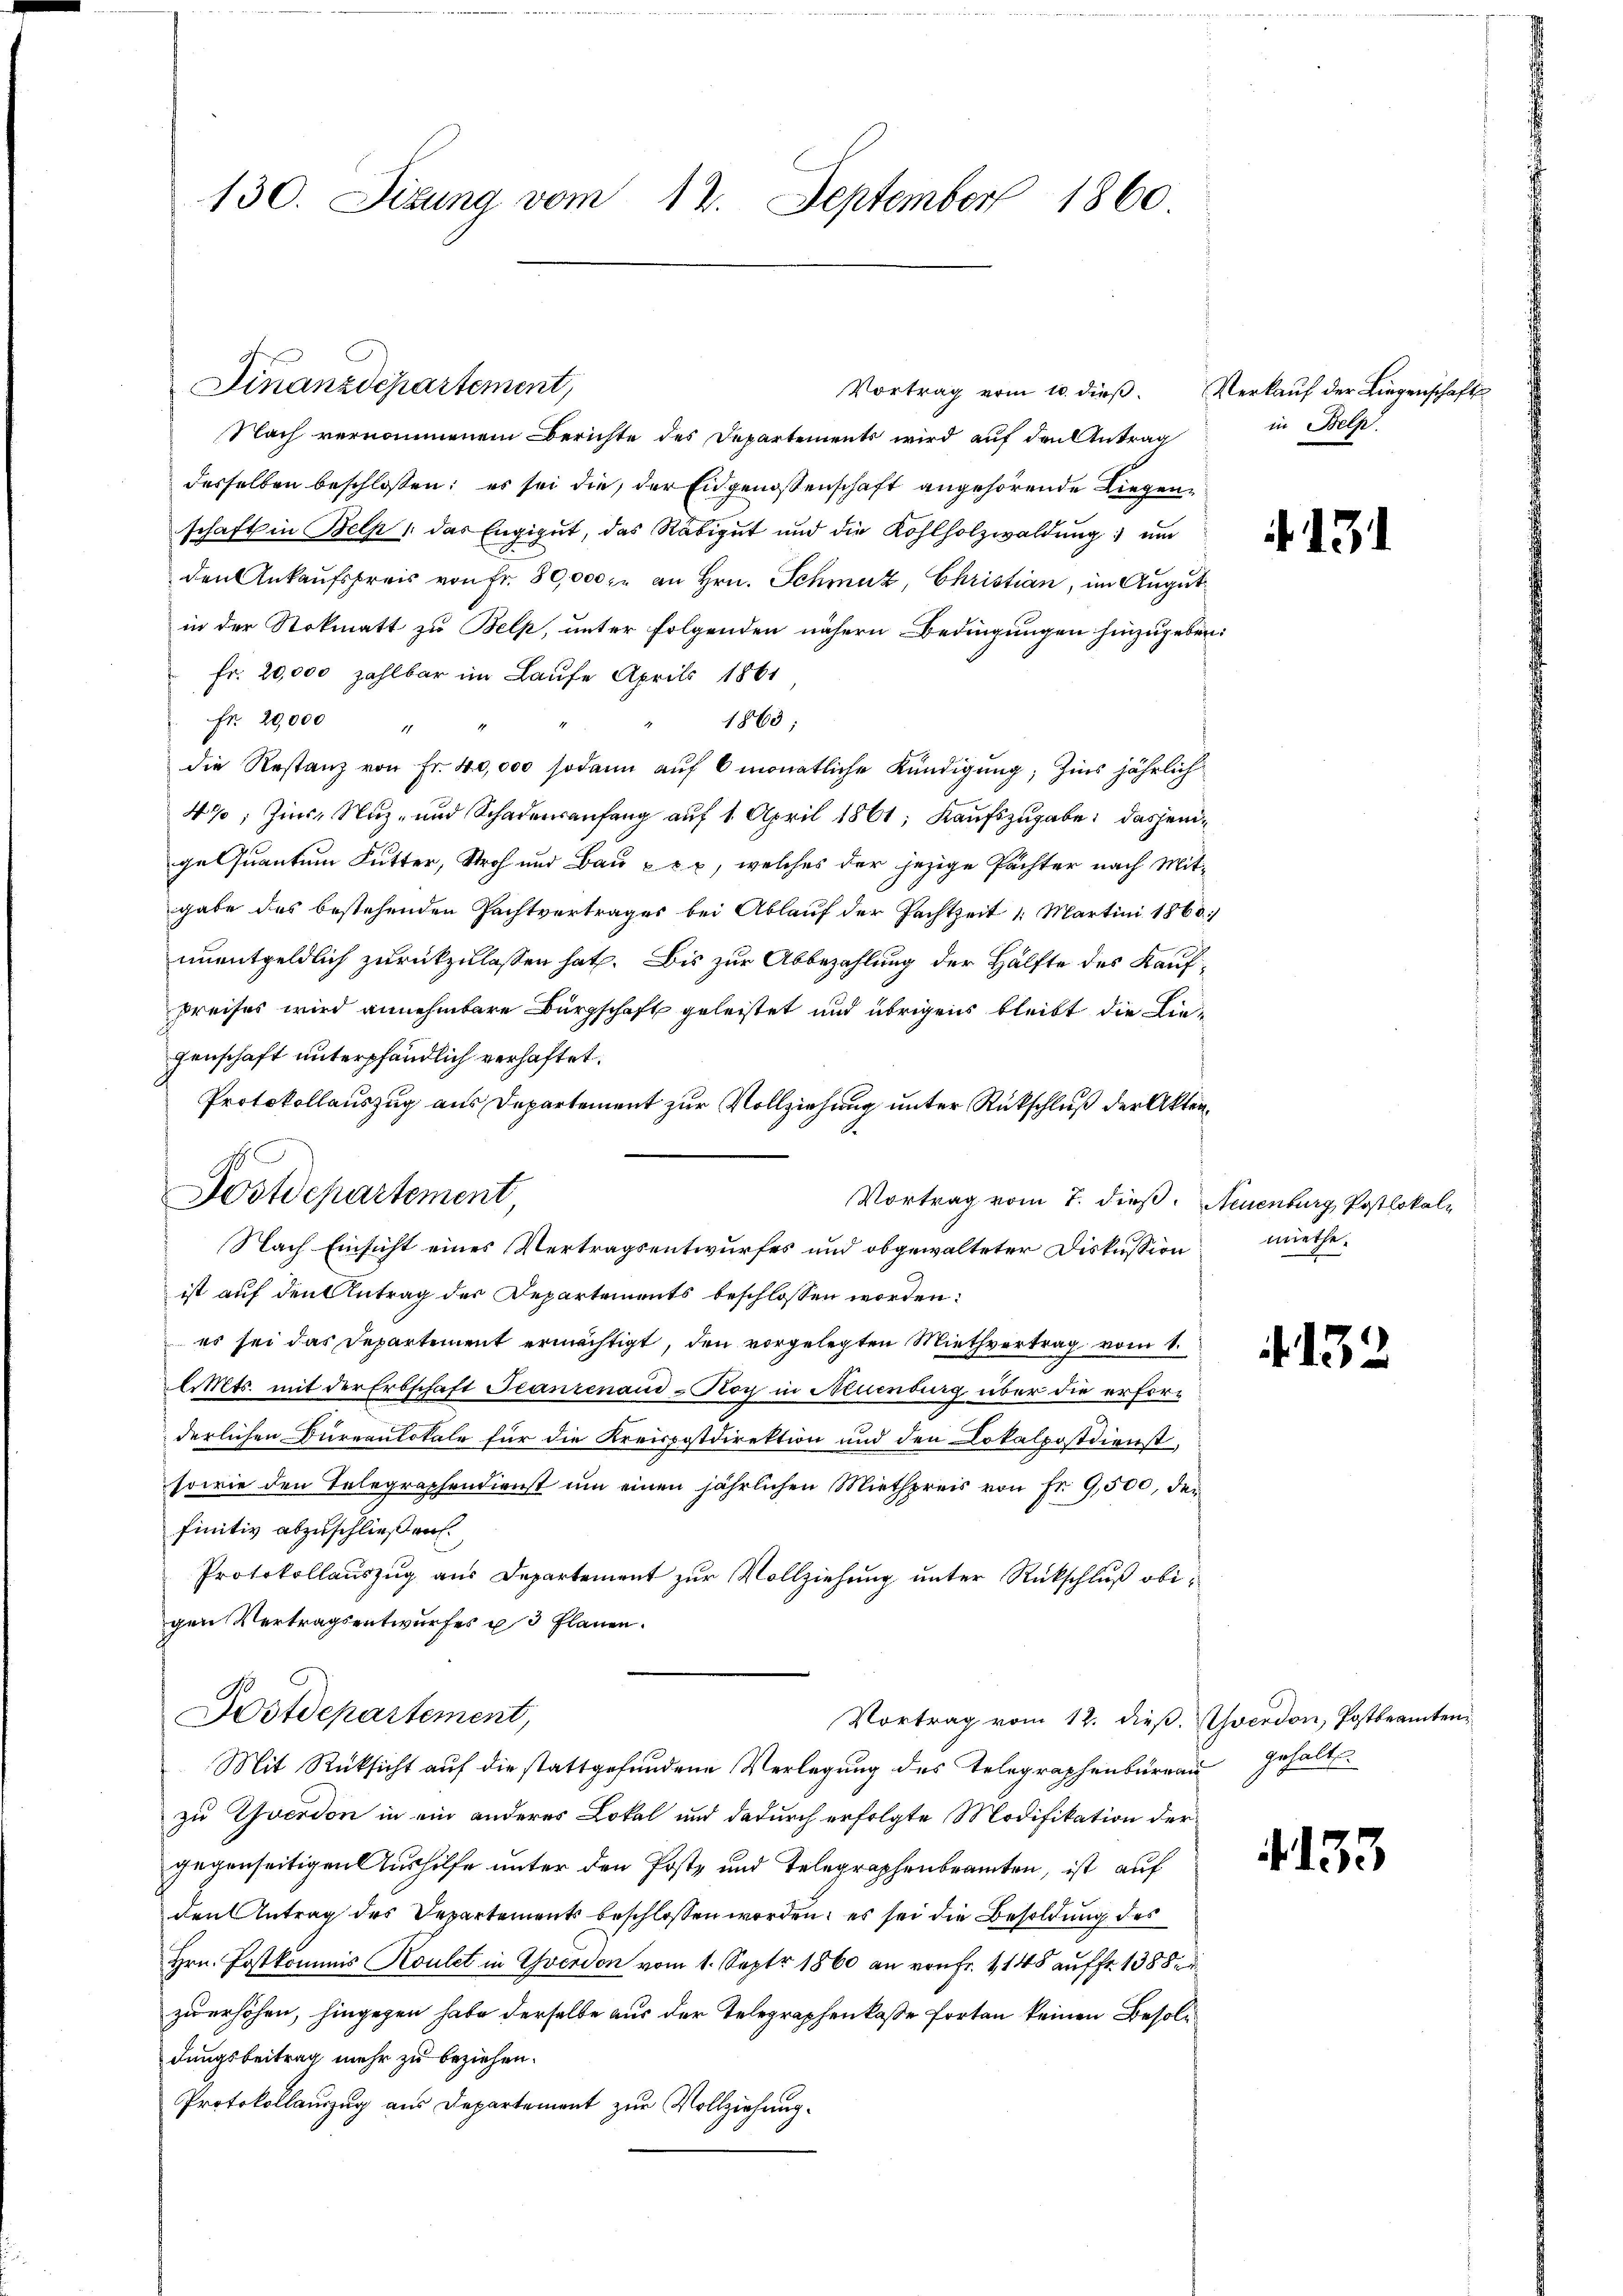
130. Sizung vom 12. September 1860

Vortrag vom 10. dieβ. Verkauf der Liegenschafts
Nach vernommenem Berichte des Departements wird auf den Antrag
desselben beschlossen: es sei die der Eidgenossenschaft angehörende Liegenschaft in Belp, das Engigut, das Räbigŭt und die Kohlholzwaldŭng ŭm
den Ankaufspreis von Fr. 80,000 fr an Hrn. Schmuz, Christian, im Augut
in der Stokmatt zu Belp, unter folgenden nähern Bedingungen hinzugeben:
fr. 20,000 zahlbar im Laufe April 1861
1863
Fr. 20,000 "
die Restanz von Fr. 40,000 sodann auf 6 monatliche Kündigung; Zins jährlich
4%; Zinse Nuz- und Schadensanfang auf 1. April 1861; Kaufszugabe, dasjenige Quantum Futter, Stroh und Bau xxx, welches der jezige Pächter nach Mitgabe das bestehenden Pachtvertrages bei Ablauf der Pachtzeit 1. Martini 1860/
unentgeldlich zurückzulassen hat. Bis zur Abbezahlung der Hälfte des Kaufpreises wird annehmbare Bürgschaft geleistet und übrigens bleibt die Liegenschaft unterpfändlich verhaftet.
Protokollauszug aus Departement zur Vollziehung unter Rückschluß der Akten¬
Vortrag vom 7. dieß. Neuenburg, Postlokale
Nach Einsicht eines Vertragsentwurfes und obgewalteter Diskussion
ist auf den Antrag der Departements beschlossen worden:
es sei das Departement ermächtigt, den vorgelegten Miethvertrag vom 1.
l. Mts. mit der Erbschaft Franzenaud - Roy in Neuenburg über die erforderlichen Bureaulokale für die Kreispostdirektion und den Lokalpostdienst,
sowie den Telegraphendienst um einen jährlichen Miethpreis von Fr. 9,500, den
finitiv abzuschließen.
Protokollauszug aus Departement zur Vollziehung unter Rückschluß obigen Vertragsentwurfes u 3 Planen.
Postdepartement,
Vortrag vom 12. dieß. Averdon, Postbeamten
Mit Rücksicht auf die stattgefundene Verlegung des Telegraphenbureau Gehalt
zu Yverdon in ein anderes Lokal und dadurch erfolgte Modifikation der
gegenseitigen Aushilfe unter den Poste und Telegraphenbranten, ist auf
den Antrag des Departements beschlossen worden, es sei die Besoldung des
Hrn. Postkommis Koulet in Yverdon vom 1. Sept 1860 an von Fr. 1148 auf fr. 1388
zu erhöhen, hingegen habe derselbe aus der Telegraphenkaße forten keinen Besoldungsbeitrag mehr zu beziehen.
Protokollauszug aus Departement zur Vollziehung.

Finanzdepartement,

A.
Postdepartement

in Belp.

131

miethe.

15

e